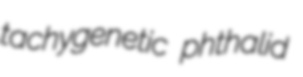
tachygenetic phthalid